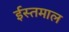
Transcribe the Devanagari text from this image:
ईस्तमाल